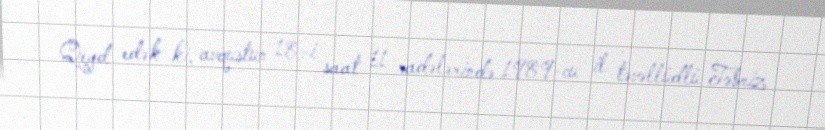
Qeyd edək ki, avqustun 18-i saat 11 radələrində 1989-cu il təvəllüdlü Təbriz